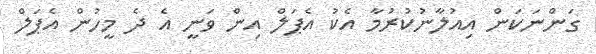
ގަންނަކަން އިއުލާނުކުރުމާ އެކު އެޕަލް އިން ވަނީ އެ ދެ މީހުން އެޕަލް